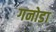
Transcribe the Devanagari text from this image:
गनोडा